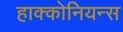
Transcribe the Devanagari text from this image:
हाक्कोनियन्स